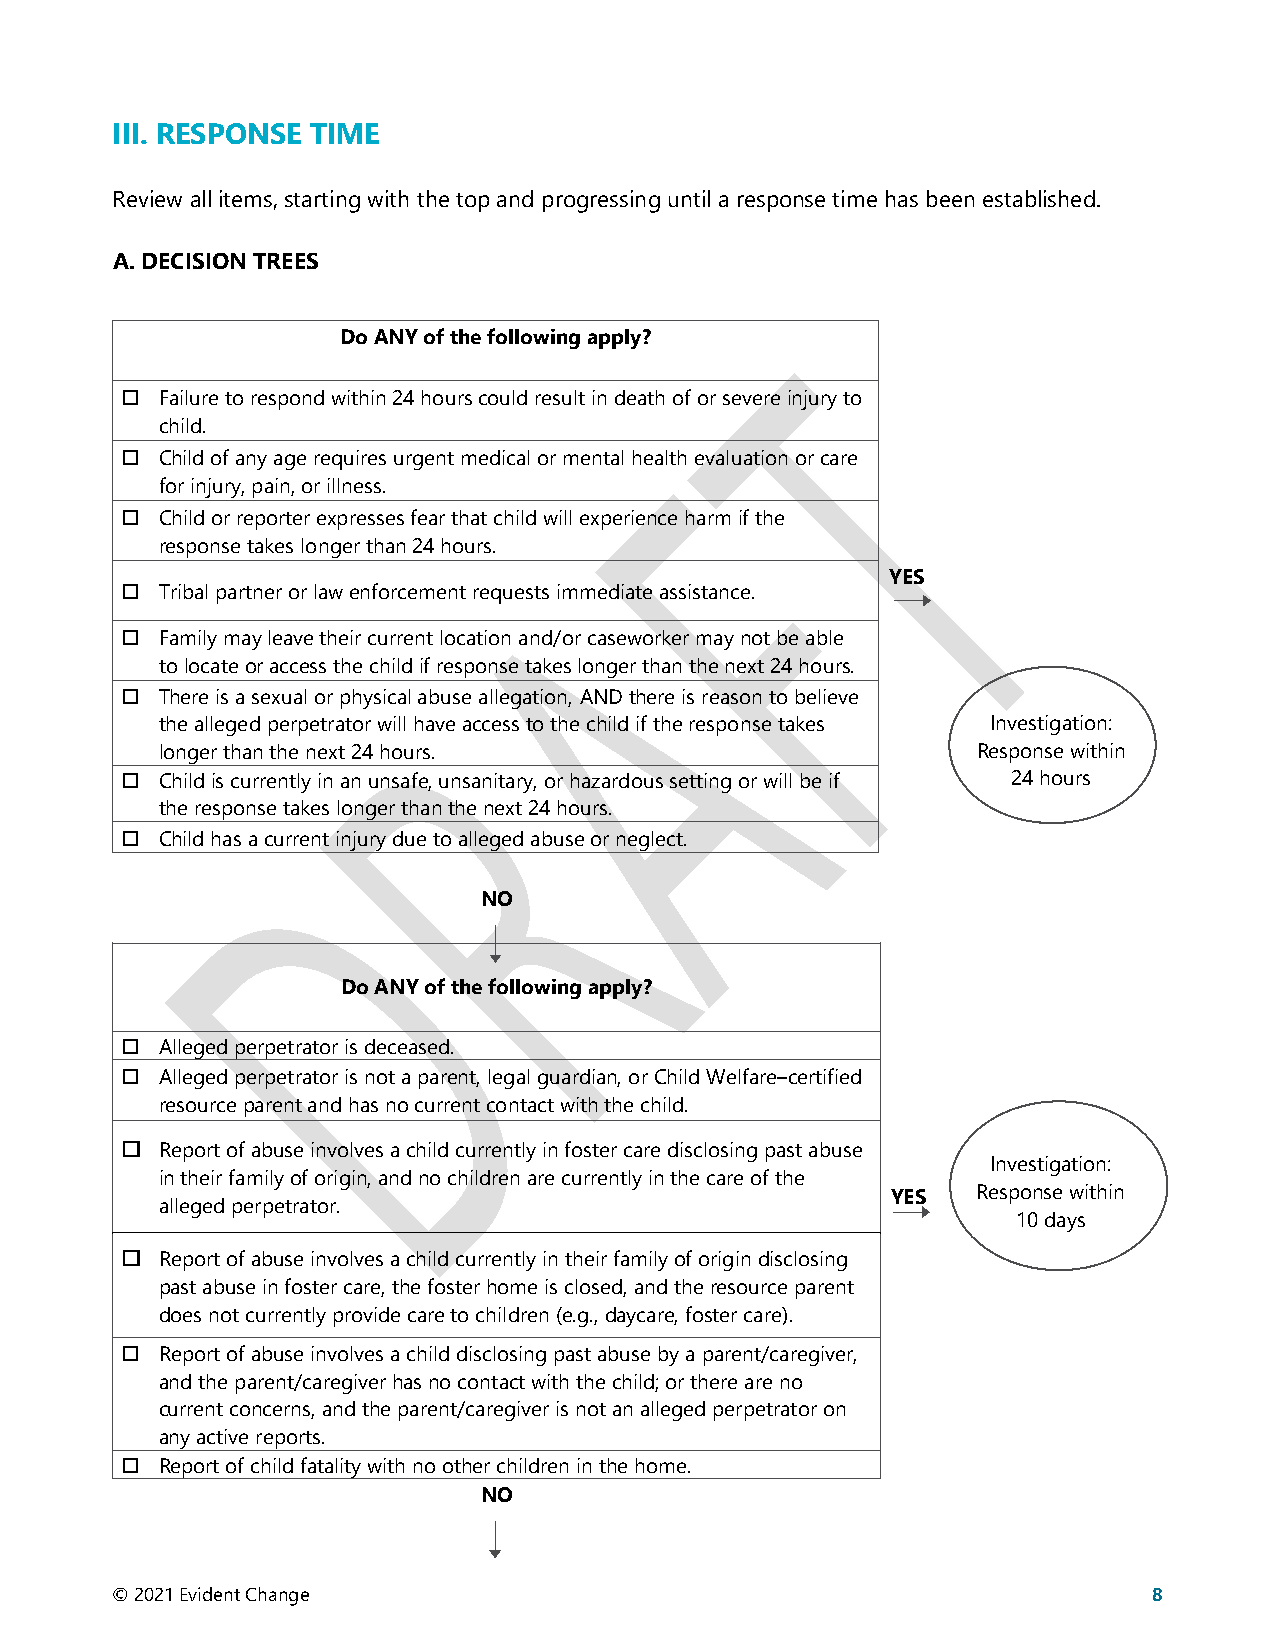
III. RESPONSE TIME
 Review all items, starting with the top and progressing until a response time has been established.
 A. DECISION TREES
 Do ANY of the following apply?
   Failure to respond within 24 hours could result in death of or severe injury to
 child.
   Child of any age requires urgent medical or mental health evaluation or care
 for injury, pain, or illness.
   Child or reporter expresses fear that child will experience harm if the
 response takes longer than 24 hours.
 YES
   Tribal partner or law enforcement requests immediate assistance.
   Family may leave their current location and/or caseworker may not be able
 to locate or access the child if response takes longer than the next 24 hours.
   There is a sexual or physical abuse allegation, AND there is reason to believe
 the alleged perpetrator will have access to the child if the response takes Investigation:
 longer than the next 24 hours.                        Response within
   Child is currently in an unsafe, unsanitary, or hazardous setting or will be if 24 hours
 the response takes longer than the next 24 hours.
   Child has a current injury due to alleged abuse or neglect.
 NO
 Do ANY of the following apply?
   Alleged perpetrator is deceased.
   Alleged perpetrator is not a parent, legal guardian, or Child Welfare–certified
 resource parent and has no current contact with the child.
   Report of abuse involves a child currently in foster care disclosing past abuse
 Investigation:
 in their family of origin, and no children are currently in the care of the
 YES   Response within
 alleged perpetrator.
 10 days
   Report of abuse involves a child currently in their family of origin disclosing
 past abuse in foster care, the foster home is closed, and the resource parent
 does not currently provide care to children (e.g., daycare, foster care).
   Report of abuse involves a child disclosing past abuse by a parent/caregiver,
 and the parent/caregiver has no contact with the child; or there are no
 current concerns, and the parent/caregiver is not an alleged perpetrator on
 any active reports.
   Report of child fatality with no other children in the home.
 NO
 © 2021 Evident Change                                                8